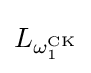
L_{\omega _{1}^{\mathrm {CK} }}